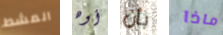
المشط أوه بأن ماذا